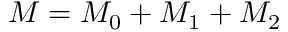
{ \cal M } = { \cal M } _ { 0 } + { \cal M } _ { 1 } + { \cal M } _ { 2 }